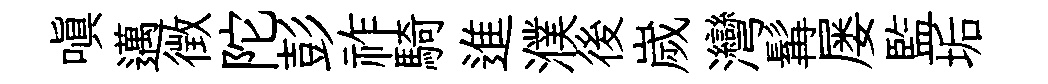
嗔邁徴陀彭祚騎進濮後嵗灣髯屡監垢